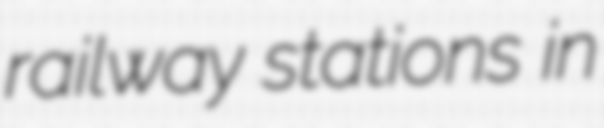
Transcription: railway stations in